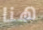
هنا